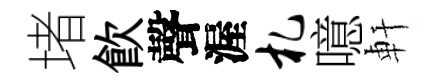
堵飮聲渥札噫軒